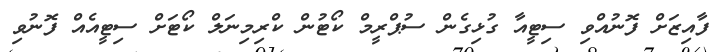
ފާއިޒަށް ފޮނުއްވި ސިޓީއާ ގުޅިގެން ސުޕްރީމް ކޯޓުން ކްރިމިނަލް ކޯޓަށް ސިޓީއެއް ފޮނުވި